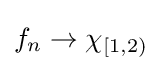
f_{n}\rightarrow \chi _{[1,2)}